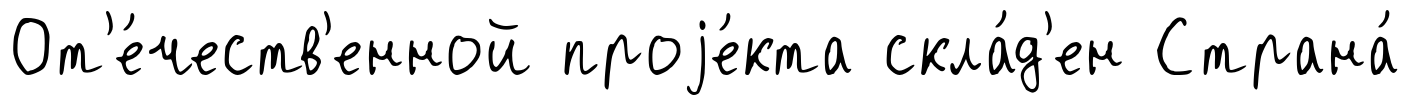
От'е́честв'енной проjе́кта скла́д'ен Страна́